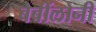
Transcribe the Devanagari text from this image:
बेबींलोनी